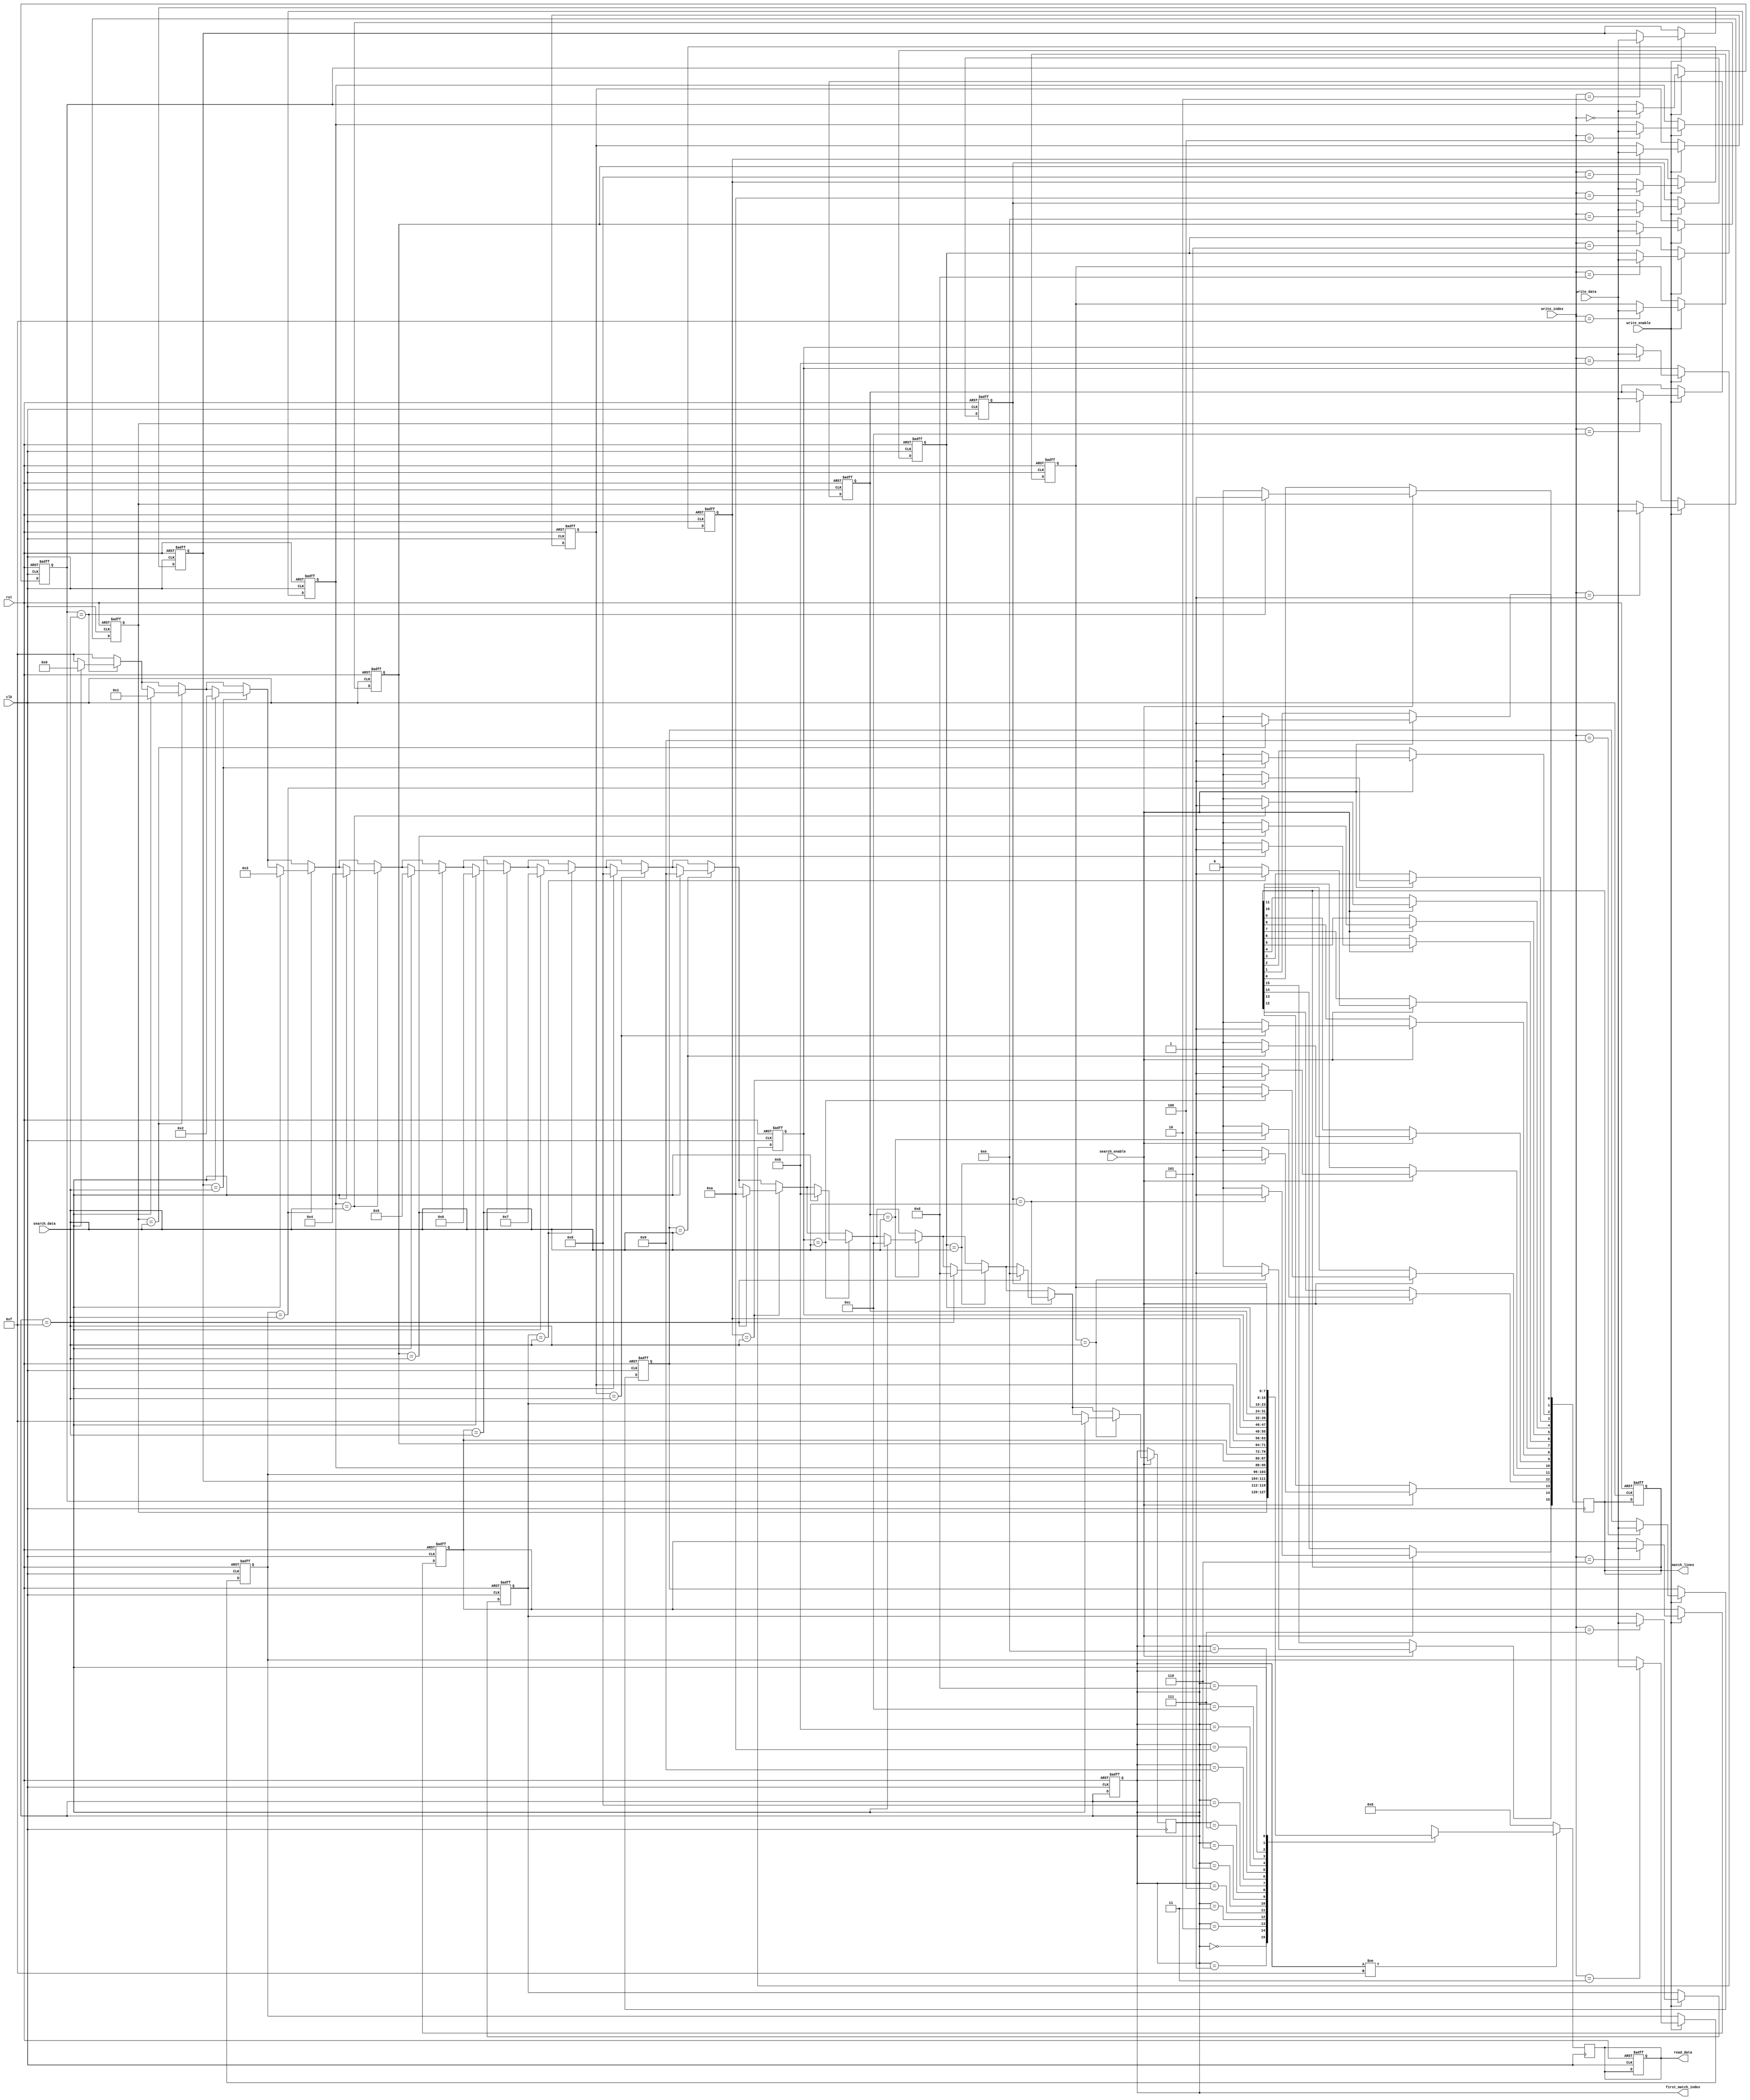
module CAM #(
    parameter DATA_WIDTH = 8,  // Width of each data entry
    parameter NUM_ENTRIES = 16  // Number of entries in the CAM
)(
    input wire clk,
    input wire rst,
    input wire [DATA_WIDTH-1:0] search_data,
    input wire [DATA_WIDTH-1:0] write_data,
    input wire [3:0] write_index,  // 4-bit index for NUM_ENTRIES
    input wire write_enable,
    input wire search_enable,
    output reg [NUM_ENTRIES-1:0] match_lines, // Match lines for each entry
    output reg [3:0] first_match_index, // Index of the first match
    output reg [DATA_WIDTH-1:0] read_data // Data output for read operation
);

    // Memory array to store data
    reg [DATA_WIDTH-1:0] memory [0:NUM_ENTRIES-1];

    // Internal signals
    integer i;

    // Asynchronous reset and write operation
    always @(posedge clk or posedge rst) begin
        if (rst) begin
            // Reset all memory entries and outputs
            for (i = 0; i < NUM_ENTRIES; i = i + 1) begin
                memory[i] <= {DATA_WIDTH{1'b0}};
            end
            match_lines <= {NUM_ENTRIES{1'b0}};
            first_match_index <= 4'b1111; // Invalid index
            read_data <= {DATA_WIDTH{1'b0}};
        end else if (write_enable) begin
            // Write data to the specified index
            memory[write_index] <= write_data;
        end
    end

    // Search operation
    always @(posedge clk) begin
        if (search_enable) begin
            match_lines <= {NUM_ENTRIES{1'b0}}; // Clear match lines
            first_match_index <= 4'b1111; // Reset first match index
            for (i = 0; i < NUM_ENTRIES; i = i + 1) begin
                if (memory[i] == search_data) begin
                    match_lines[i] <= 1'b1; // Set match line for matched entry
                    if (first_match_index == 4'b1111) begin
                        first_match_index <= i; // Set first match index
                    end
                end
            end
        end
    end

    // Read operation based on first match index
    always @(posedge clk) begin
        if (first_match_index != 4'b1111) begin
            read_data <= memory[first_match_index]; // Read data from matched entry
        end else begin
            read_data <= {DATA_WIDTH{1'b0}}; // No match found
        end
    end

endmodule